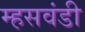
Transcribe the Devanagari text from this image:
म्हसवंडी